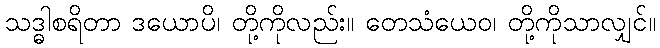
သဒ္ဓါစရိတာ ဒယောပိ၊ တို့ကိုလည်း။ တေသံယေဝ၊ တို့ကိုသာလျှင်။